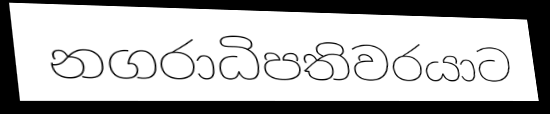
නගරාධිපතිවරයාට